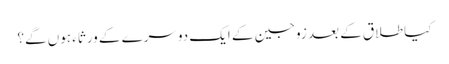
کیا طلاق کے بعد زوجین کے ایک دوسرے کے ورثاء‌ ہوں‌ گے؟